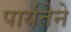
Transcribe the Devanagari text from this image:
पार्यतेने